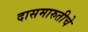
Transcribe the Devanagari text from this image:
दासमारुतीचे